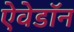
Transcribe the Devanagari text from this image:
ऐवेडॉन